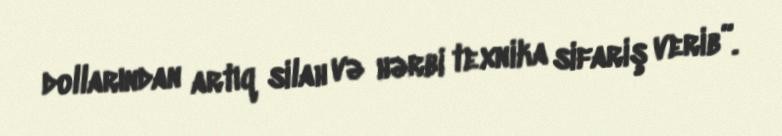
dollarından artıq silah və hərbi texnika sifariş verib”.